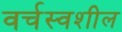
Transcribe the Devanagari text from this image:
वर्चस्वशील